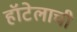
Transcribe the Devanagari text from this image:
हॉटेलाची